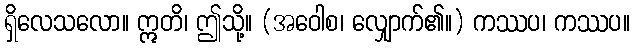
ရှိလေသလော။ ဣတိ၊ ဤသို့။ (အဝေါစ၊ လျှောက်၏။) ကဿပ၊ ကဿပ။